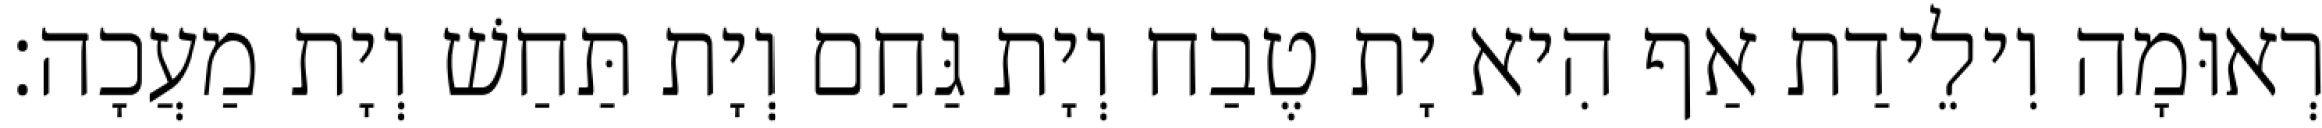
רְאוּמָה וִילֵידַת אַף הִיא יָת טֶבַח וְיָת גַּחַם וְיָת תַּחַשׁ וְיָת מַעֲכָה׃